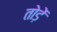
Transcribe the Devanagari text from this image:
तोड़ें